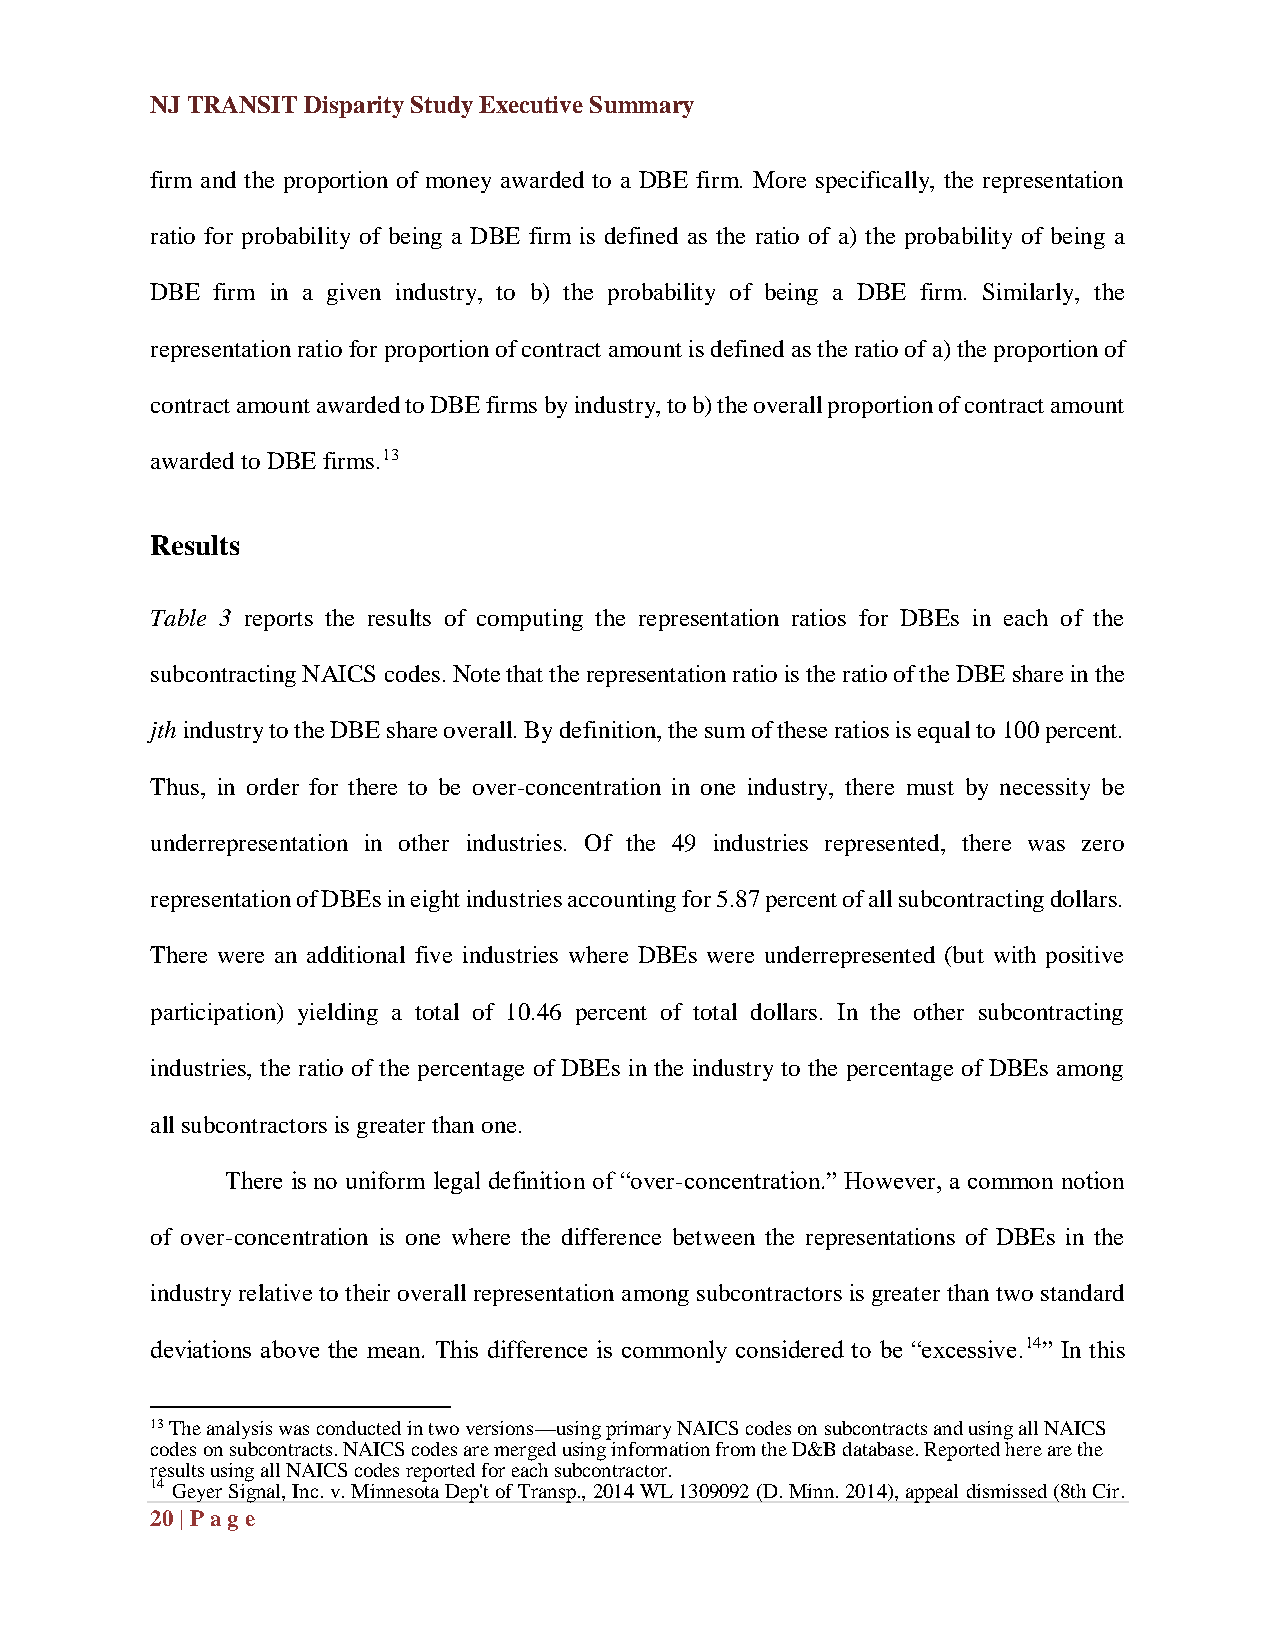
NJ TRANSIT Disparity Study Executive Summary
 firm and the proportion of money awarded to a DBE firm. More specifically, the representation
 ratio for probability of being a DBE firm is defined as the ratio of a) the probability of being a
 DBE firm in a given industry, to b) the probability of being a DBE firm. Similarly, the
 representation ratio for proportion of contract amount is defined as the ratio of a) the proportion of
 contract amount awarded to DBE firms by industry, to b) the overall proportion of contract amount
 awarded to DBE firms.13
 Results
 Table 3 reports the results of computing the representation ratios for DBEs in each of the
 subcontracting NAICS codes. Note that the representation ratio is the ratio of the DBE share in the
 jth industry to the DBE share overall. By definition, the sum of these ratios is equal to 100 percent.
 Thus, in order for there to be over-concentration in one industry, there must by necessity be
 underrepresentation in other industries. Of the 49 industries represented, there was zero
 representation of DBEs in eight industries accounting for 5.87 percent of all subcontracting dollars.
 There were an additional five industries where DBEs were underrepresented (but with positive
 participation) yielding a total of 10.46 percent of total dollars. In the other subcontracting
 industries, the ratio of the percentage of DBEs in the industry to the percentage of DBEs among
 all subcontractors is greater than one.
 There is no uniform legal definition of “over-concentration.” However, a common notion
 of over-concentration is one where the difference between the representations of DBEs in the
 industry relative to their overall representation among subcontractors is greater than two standard
 deviations above the mean. This difference is commonly considered to be “excessive.14” In this
 13 The analysis was conducted in two versions—using primary NAICS codes on subcontracts and using all NAICS
 codes on subcontracts. NAICS codes are merged using information from the D&B database. Reported here are the
 results using all NAICS codes reported for each subcontractor.
 14 Geyer Signal, Inc. v. Minnesota Dep't of Transp., 2014 WL 1309092 (D. Minn. 2014), appeal dismissed (8th Cir.
 20 | Pag e